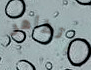
أتظاهر